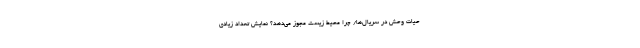
حیات وحش در سریال‌ها/ چرا محیط زیست مجوز می‌دهد؟ نمایش تعداد زیادی